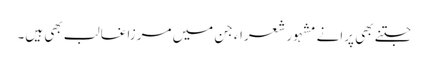
جتنے بھی پرانے مشہور شعراء جن میں مرزا غالب بھی ہیں۔